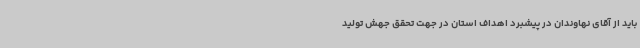
باید از آقای نهاوندان در پیشبرد اهداف استان در جهت تحقق جهش تولید